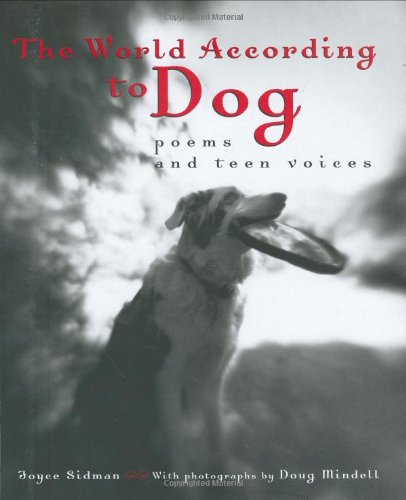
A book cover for The World According to Dog: Poems and Teen Voices (Bccb Blue Ribbon Nonfiction Book Award (Awards)); Joyce Sidman; Teen & Young Adult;